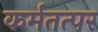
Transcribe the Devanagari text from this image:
कर्मतत्पर